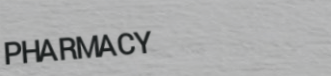
PHARMACY